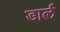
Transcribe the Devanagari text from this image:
डार्ल